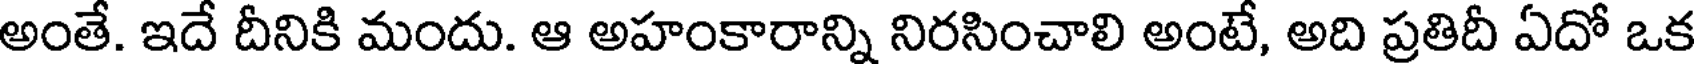
అంతే. ఇదే దీనికి మందు. ఆ అహంకారాన్ని నిరసించాలి అంటే, అది ప్రతిదీ ఏదో ఒక